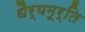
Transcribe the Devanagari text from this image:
धैर्यमूर्ति